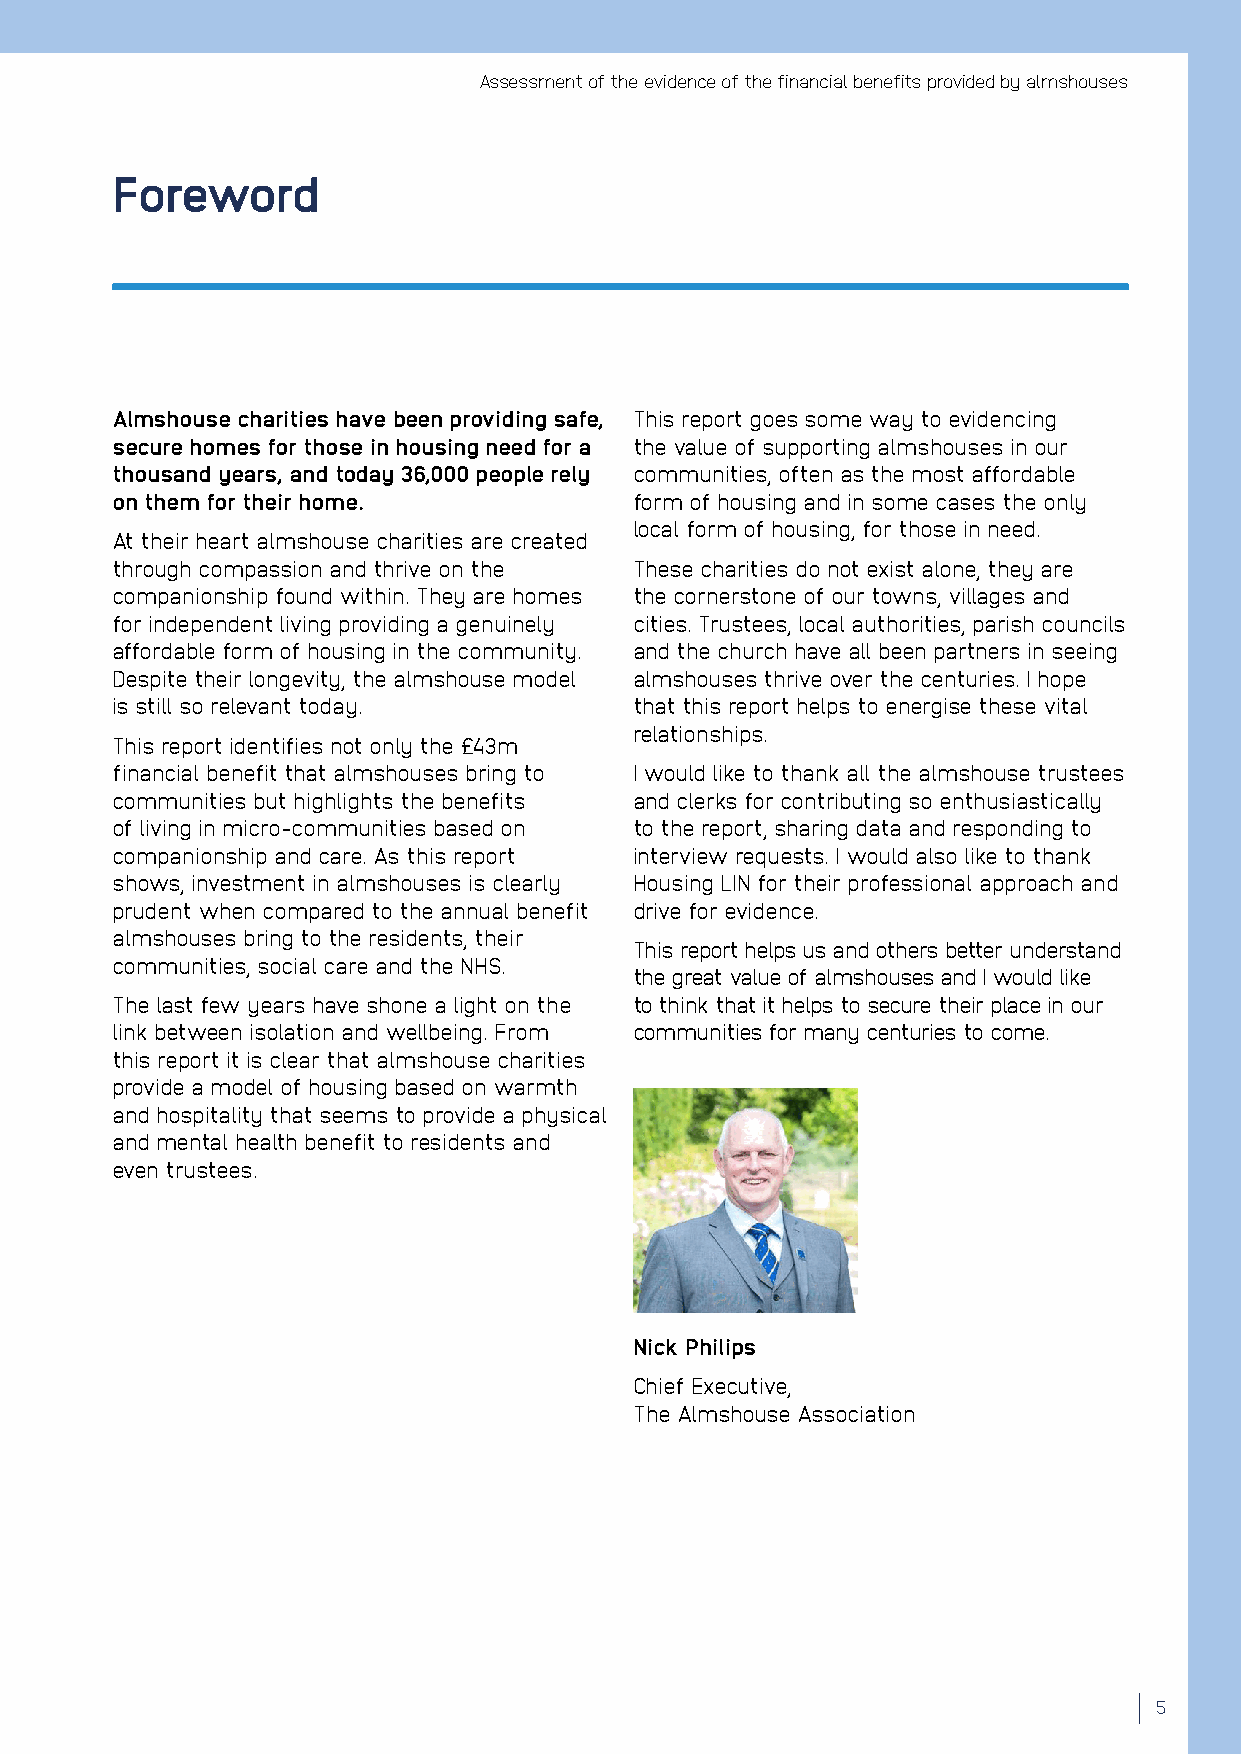
Assessment of the evidence of the financial benefits provided by almshouses
 Foreword
 Almshouse charities have been providing safe, This report goes some way to evidencing
 secure homes for those in housing need for a the value of supporting almshouses in our
 thousand years, and today 36,000 people rely communities, often as the most affordable
 on them for their home.            form of housing and in some cases the only
 local form of housing, for those in need.
 At their heart almshouse charities are created
 through compassion and thrive on the These charities do not exist alone, they are
 companionship found within. They are homes the cornerstone of our towns, villages and
 for independent living providing a genuinely cities. Trustees, local authorities, parish councils
 affordable form of housing in the community. and the church have all been partners in seeing
 Despite their longevity, the almshouse model almshouses thrive over the centuries. I hope
 is still so relevant today.        that this report helps to energise these vital
 relationships.
 This report identifies not only the £43m
 financial benefit that almshouses bring to I would like to thank all the almshouse trustees
 communities but highlights the benefits and clerks for contributing so enthusiastically
 of living in micro-communities based on to the report, sharing data and responding to
 companionship and care. As this report interview requests. I would also like to thank
 shows, investment in almshouses is clearly Housing LIN for their professional approach and
 prudent when compared to the annual benefit drive for evidence.
 almshouses bring to the residents, their
 This report helps us and others better understand
 communities, social care and the NHS.
 the great value of almshouses and I would like
 The last few years have shone a light on the to think that it helps to secure their place in our
 link between isolation and wellbeing. From communities for many centuries to come.
 this report it is clear that almshouse charities
 provide a model of housing based on warmth
 and hospitality that seems to provide a physical
 and mental health benefit to residents and
 even trustees.
 Nick Philips
 Chief Executive,
 The Almshouse Association
 5